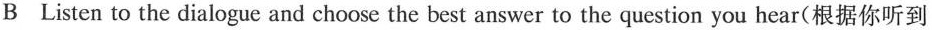
B Listen to the dialogue and choose the best answer to the question you hear(根据你听到